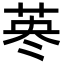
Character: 𦰈